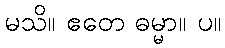
မသိ။ ဧတေ ဓမ္မာ။ ပ။